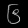
Digit: ၆